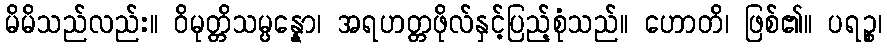
မိမိသည်လည်း။ ဝိမုတ္တိသမ္ပန္နော၊ အရဟတ္တဖိုလ်နှင့်ပြည့်စုံသည်။ ဟောတိ၊ ဖြစ်၏။ ပရဉ္စ၊